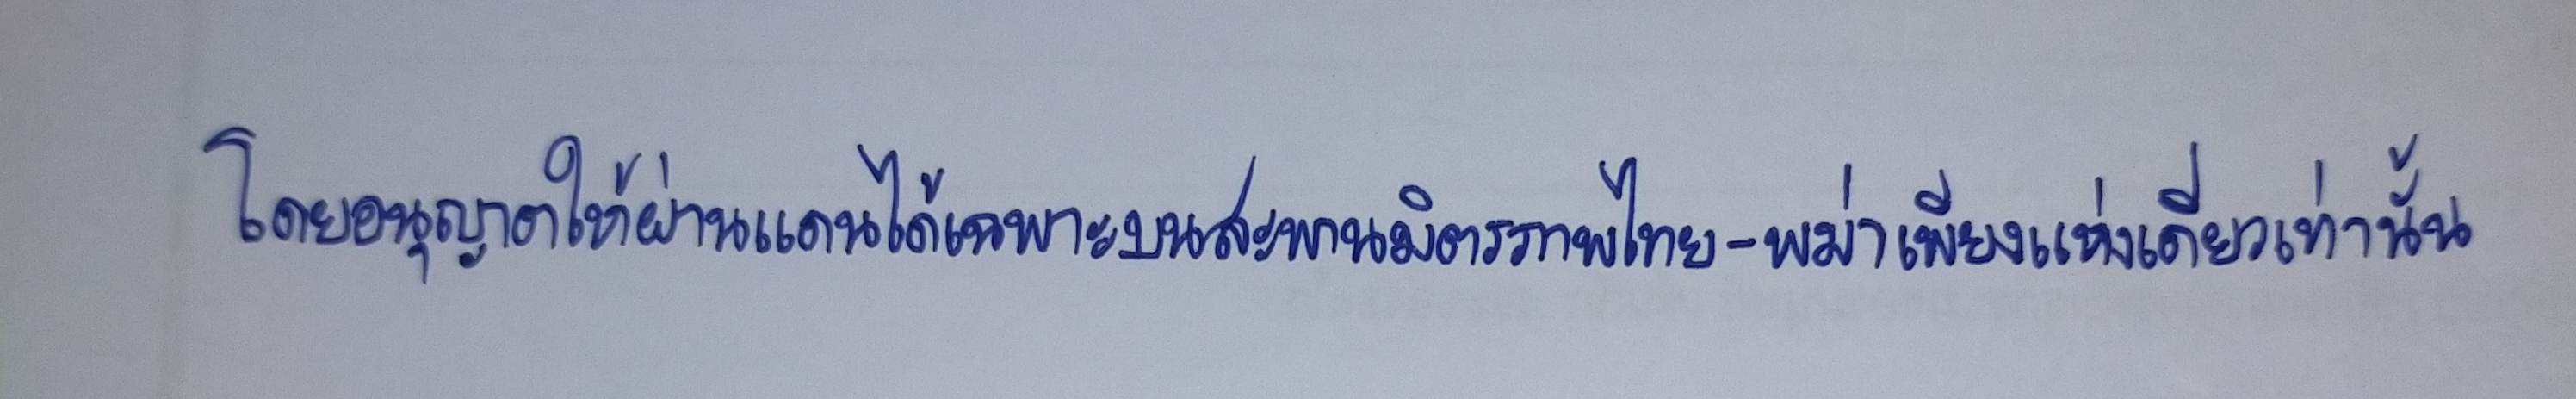
โดยอนุญาตให้ผ่านแดนได้เฉพาะบนสะพานมิตรภาพไทย-พม่าเพียงแห่งเดียวเท่านั้น